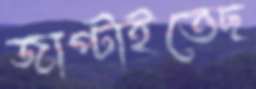
জাপ্‌টাইতেছ